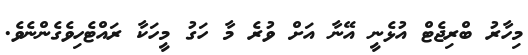
މިހާރު ބްރިޖެޓް އުޅެނީ އޭނާ އަށް ވުރެ މާ ހަގު މީހަކާ ރައްޓެހިވެގެންނެވެ.